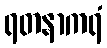
ရတနာကရံ